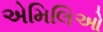
એમિલિઓ